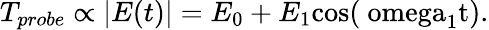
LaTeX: T_{probe}\propto\lvert E(t)\rvert=E_{0}+E_{1}\mathrm{{cos}(\ omega_{1}t).}